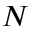
N